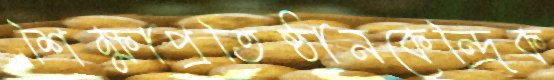
শিক্ষাপ্রতিষ্ঠানকেন্দ্রিক